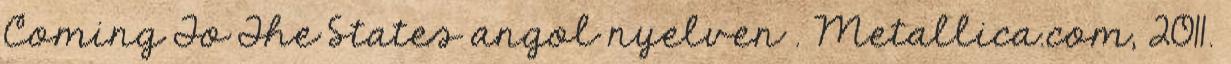
Coming To The States angol nyelven . Metallica.com, 2011.